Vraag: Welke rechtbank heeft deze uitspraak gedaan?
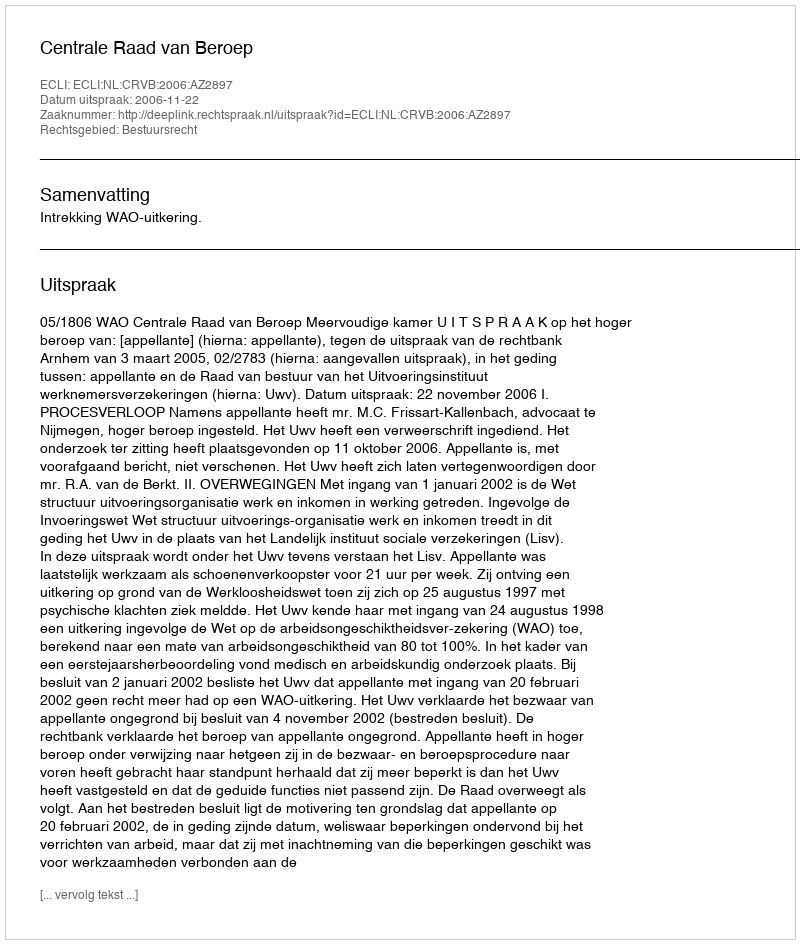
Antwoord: Centrale Raad van Beroep